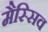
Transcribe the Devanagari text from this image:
मैस्सिव